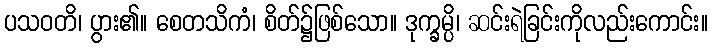
ပသဝတိ၊ ပွား၏။ စေတသိကံ၊ စိတ်၌ဖြစ်သော။ ဒုက္ခမ္ပိ၊ ဆင်းရဲခြင်းကိုလည်းကောင်း။